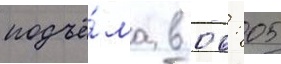
подъё́ма в 06: 05